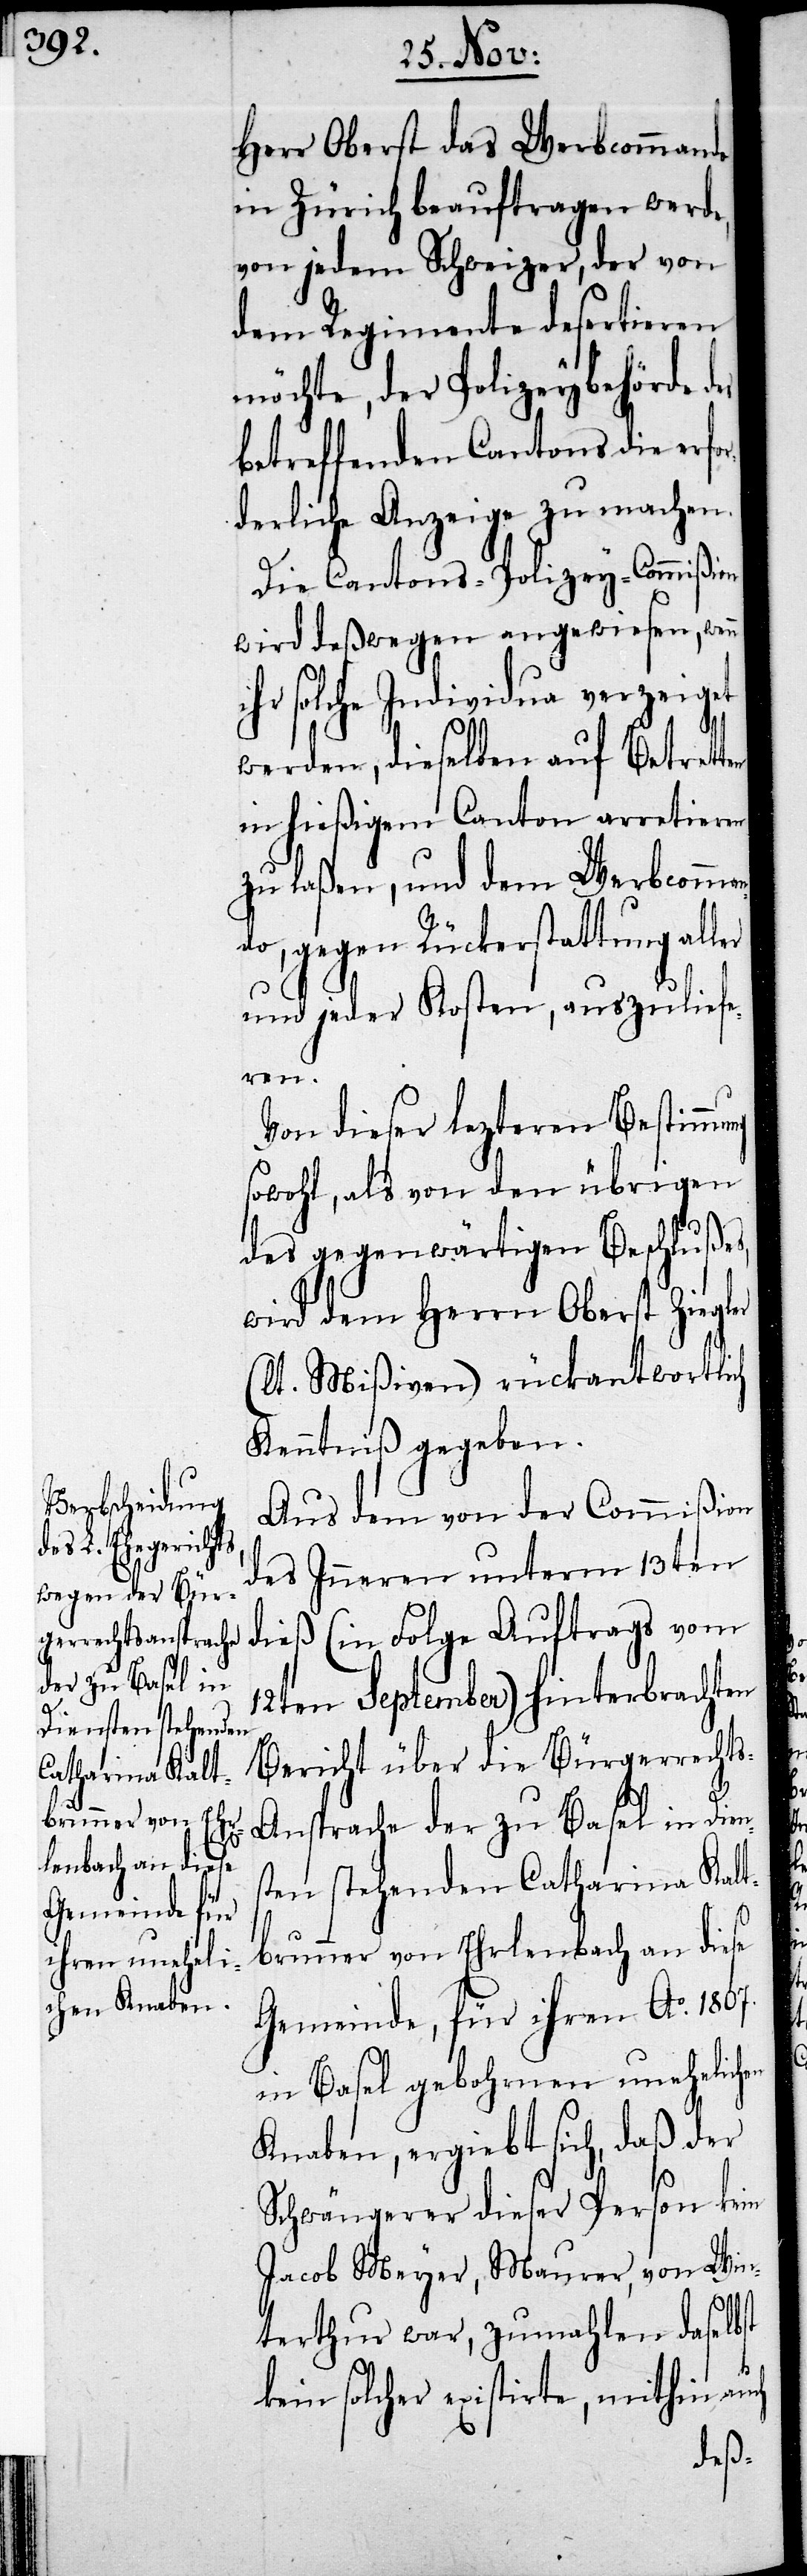
Diensten stehenden
Catharina Kalt¬

Herr Oberst das Werbcommando
in Zürich beauftragen werde,
von jedem Schweizer, der von
dem Regimente desertieren
möchte, der Polizeybehörde
betreffenden Cantons die erfor¬
derliche Anzeige zu machen.
Die Cantons-Polizey-Commißion
wird deßwegen angewiesen, wen¬
hr solche Individua verzeiget
werden, dieselben auf Betretten
in hießigem Canton arretieren
zu laßen, und dem Werbcomman¬
do, gegen Rückerstattung al¬
und jeder Kosten, auszuliefe¬
en
Von dieser lezteren Bestimmung
sowohl, als von den übrigen
des gegenwärtigen Beschlußes,
wird dem Herrn Oberst Ziegler
(lt. Mißiven) rückantwortlich
Kenntniß gegeben.
Aus dem von der Commißion
des Inneren unterm 13ten
dieß (in Folge Auftrags vom
12ten September) hinterbrachten
Bericht über die Bürgerrecht¬
s-Ansprache der zu Basel in
brunner von Ehrlenbach an diese
Gemeinde, für ihren Ao. 1807.
in Basel gebohrnen unehelich¬
Knaben, ergiebt sich, daß der
Schwängerer dieser Person kein
Jacob Meyer, Maurer, von Win¬
terthur war, zumahlen daselbst
kein solcher existirte, mithin auch
ler